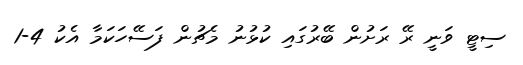
ސިޓީ ވަނީ ރޭ ރަށުން ބޭރުގައި ކުޅުނު މެޗުން ފަސޭހަކަމާ އެކު 4-1